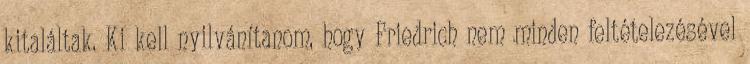
kitaláltak. Ki kell nyilvánítanom, hogy Friedrich nem minden feltételezésével